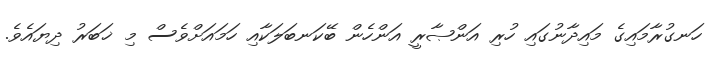
ހަނގުރާމައިގެ މައިދާނުގައި ހުރި އަންޞާރީ އަންހެން ބޭކަނބަލަކާއި ހަމައަށްވެސް މި ޚަބަރު ދިޔައެވެ.